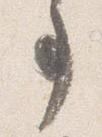
事